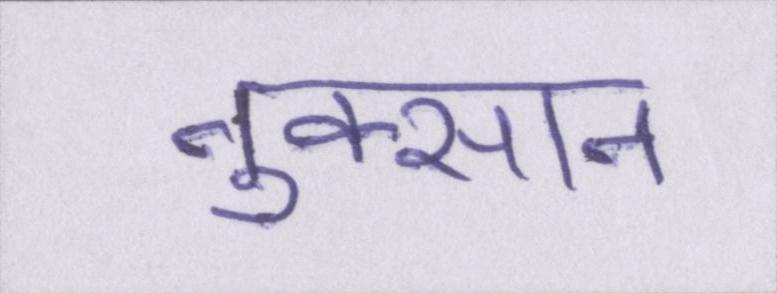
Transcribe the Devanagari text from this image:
नुक्सान